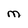
Character: M